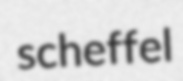
scheffel